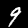
Digit: 9